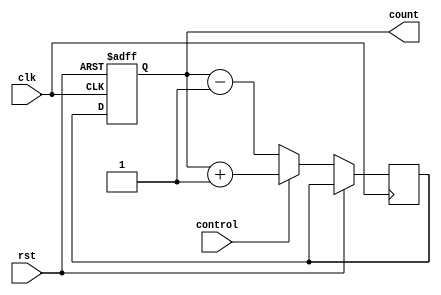
module up_down_counter (
    input wire clk,
    input wire rst,
    input wire control,
    output reg [7:0] count
);

reg [7:0] next_count;

always @(posedge clk or posedge rst) begin
    if (rst) begin
        count <= 8'b0;
    end else begin
        if (control) begin
            next_count <= count + 1;
        end else begin
            next_count <= count - 1;
        end
        count <= next_count;
    end
end

endmodule